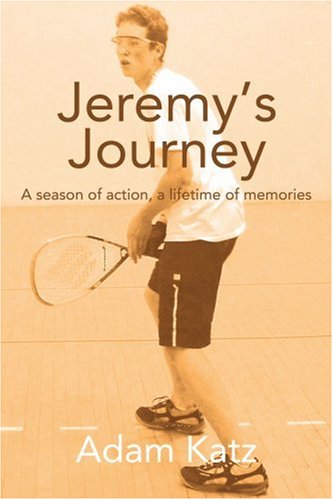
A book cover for Jeremy's Journey: A season of action, a lifetime of memories; Adam Katz; Sports & Outdoors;